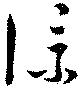
僕